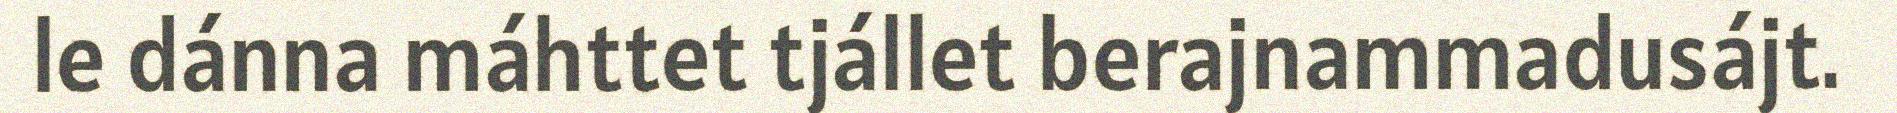
le dánna máhttet tjállet berajnammadusájt.